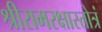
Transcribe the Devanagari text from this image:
श्रीरामरक्षास्तोत्रं